Report of the Municipal Commissioner on the plague in Bombay for the year ending 31st May... - Volume 2
Disease focus: Plague
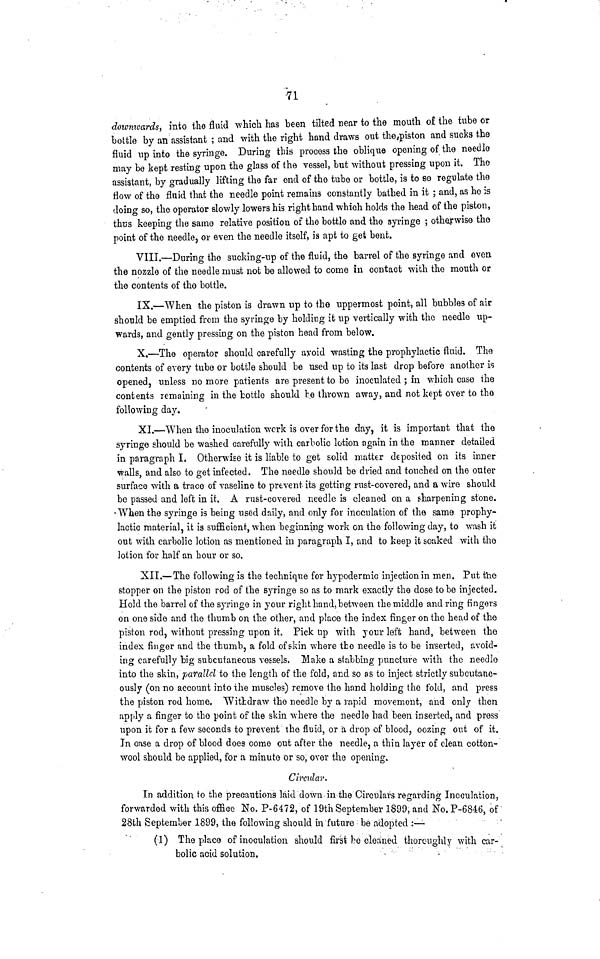
71
downwards, into the fluid which has been tilted near to the mouth of the tube or
bottle by an assistant ; and with the right hand draws out the piston and sucks the
fluid up into the syringe. During this process the oblique opening of the needle
may be kept resting upon the glass of the vessel, but without pressing upon it. The
assistant, by gradually lifting the far end of the tube or bottle, is to so regulate the
flow of the fluid that the needle point remains constantly bathed in it ; and, as he is
doing so, the operator slowly lowers his right hand which holds the head of the piston,
thus keeping the same relative position of the bottle and the syringe ; otherwise the
point of the needle, or even the needle itself, is apt to get bent.
VIII.—During the sucking-up of the fluid, the barrel of the syringe and even
the nozzle of the needle must not be allowed to come in contact with the mouth or
the contents of the bottle.
IX.—When the piston is drawn up to the uppermost point, all bubbles of air
should be emptied from the syringe by holding it up vertically with the needle up-
wards, and gently pressing on the piston head from below.
X.—The operator should carefully avoid wasting the prophylactic fluid. The
contents of every tube or bottle should be used up to its last drop before another is
opened, unless no more patients are present to be inoculated ; in which case the
contents remaining in the bottle should fce thrown away, and not kept over to the
following day.
XI.—When the inoculation wcrk is over for the day, it is important that the
syringe should be washed carefully with carbolic lotion again in the manner detailed
in paragraph I. Otherwise it is liable to get solid matter deposited on its inner
walls, and also to get infected. The needle should be dried and touched on the outer
surface with a trace of vaseline to prevent- its getting rust-covered, and a wire should
be passed and left in it. A rust-covered needle is cleaned on a sharpening stone.
When the syringe is being used daily, and only for inoculation of the same prophy-
lactic material, it is sufficient, when beginning work on the following day, to wash it
out with carbolic lotion as mentioned in paragraph I, and to keep it soaked with the
lotion for half an hour or so.
XII.—The following is the technique for Irypodermic injection in men. Put the
stopper on the piston rod of the syringe so as to mark exactly the dose to be injected.
Hold the barrel of the syringe in your right hand, between the middle and ring fingers
on one side and the thumb on the other, and place the index finger on the head of the
piston rod, without pressing upon it. Pick up with your left hand, between the
index finger and the thumb, a fold of skin where the needle is to be inserted, avoid-
ing carefully big subcutaneous vessels. Make a slabbing puncture with the needlo
into the skin, parallel to the length of the fold, and so as to inject strictly subcutane-
ously (on no account into the muscles) remove the hand holding the fold, and press
the piston rod home. Withdraw the needle by a rapid movement, and only then
apply a finger to tho point of the skin where the needlo had been inserted, and press
upon it for a few seconds to prevent the fluid, or a drop of blood, oozing out of it.
In case a drop of blood does come out after the needle, a thin layer of clean cotton-
wool should be applied, for a minute or so, over the opening.
Circular.
In addition to the precautions laid down in the Circulars regarding Inoculation,
forwarded with this office No. P-6472, of 19th September 1899, and No. P-6846, of
28th September 1899, the following should in future be adopted :—
(1) The place of inoculation should first be cleaned thoroughly with car-
bolic acid solution.